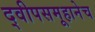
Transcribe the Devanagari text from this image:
द्वीपसमूहानेच